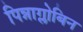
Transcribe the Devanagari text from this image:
पिन्नाग्लोबिन